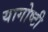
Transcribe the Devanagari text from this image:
यागोष्टी